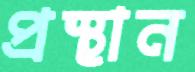
প্রস্থান